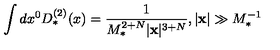
\int d x ^ { 0 } D _ { * } ^ { ( 2 ) } ( x ) = \frac { 1 } { M _ { * } ^ { 2 + N } | { \bf x } | ^ { 3 + N } } , | { \bf x } | \gg M _ { * } ^ { - 1 }